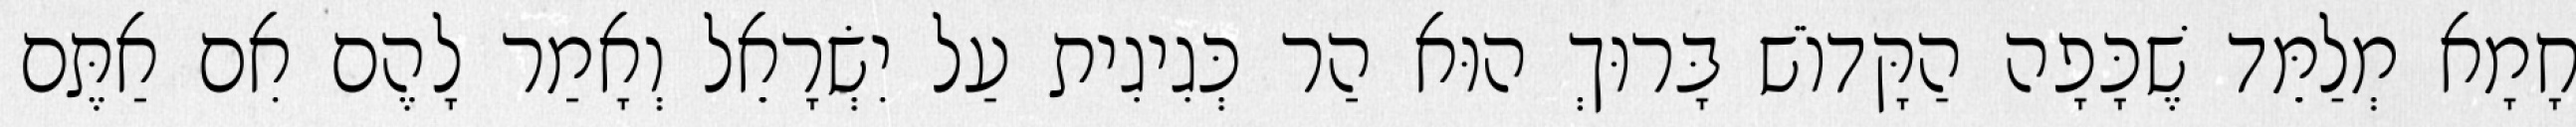
חָמָא מְלַמֵּד שֶׁכָּפָה הַקָּדוֹשׁ בָּרוּךְ הוּא הַר כְּגִיגִית עַל יִשְׂרָאֵל וְאָמַר לָהֶם אִם אַתֶּם